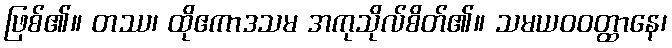
ဖြစ်၏။ တဿ၊ ထိုဧကာဒသမ အကုသိုလ်စိတ်၏။ သမယဝဝတ္ထာနေ၊